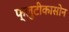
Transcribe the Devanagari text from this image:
फ्लुटीकासोन